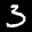
Label: 3